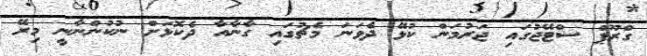
ގްރޫޕް ސްޓޭޖުގައި ޖަރުމަން ކުޅޭ ދެވަނަ މެޗުގައި ގާނާއާ ދެކޮޅަށް ނުކުންނާނީ މިރޭ